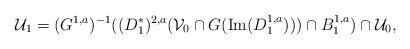
LaTeX: \begin{align*}\mathcal{U}_{1} = (G^{1,a})^{-1}( (D_{1}^{*})^{2,a} (\mathcal{V}_{0} \cap G ({\rm Im}(D_{1}^{1,a})))\cap B_{1}^{1,a}) \cap \mathcal{U}_{0}, \end{align*}